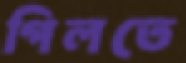
গিলতে